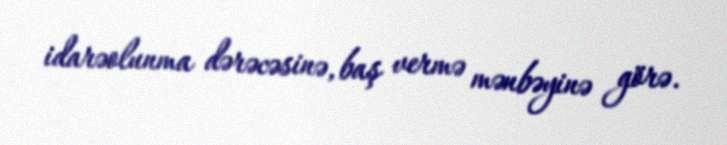
idarəolunma dərəcəsinə, baş vermə mənbəyinə görə.